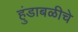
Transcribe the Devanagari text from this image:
हुंडाबळीचे